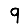
Digit: 9